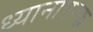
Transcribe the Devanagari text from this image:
ध्यानापरक